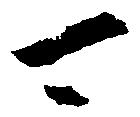
可